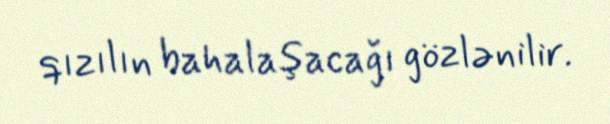
qızılın bahalaşacağı gözlənilir.